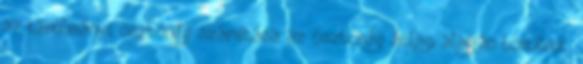
az tanulmányi ösztöndíj számítása az ösztöndíj átlag alapján történik.